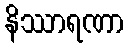
နိဿာရဏာ